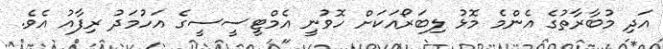
އަދި މުބާރާތުގެ އެންމެ މޮޅު ލިބަރޯއަކަށް ހޮވުނީ އެމްޓީސީސީގެ އަހުމަދު ރިފާއު އެވެ.